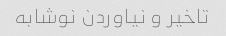
تاخیر و نیاوردن نوشابه